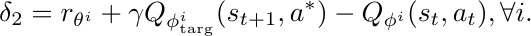
            \begin{equation*}
            \delta_2 = r_{\theta^i} + \gamma Q_{\phi^{i}_\text{targ}}(s_{t+1}, a^\ast) - Q_{\phi^{i}}(s_t, a_t), \forall i.
            \end{equation*}